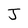
Character: J